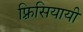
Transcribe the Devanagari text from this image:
फ़्रिसियायी